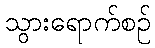
သွားရောက်စဉ်